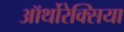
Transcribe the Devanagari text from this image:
ऑर्थोरेक्सिया